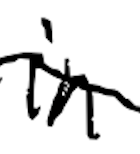
Text: in
Cross-out: wave
Writing tool: digital_black